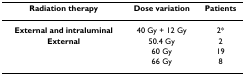
<table><thead><tr><td><b>Radiation therapy</b></td><td><b>Dose variation</b></td><td><b>Patients</b></td></tr></thead><tbody><tr><td><b>External and intraluminal </b></td><td>40 Gy + 12 Gy</td><td>2*</td></tr><tr><td><b>External</b></td><td>50.4 Gy</td><td>2</td></tr><tr><td></td><td>60 Gy</td><td>19</td></tr><tr><td></td><td>66 Gy</td><td>8</td></tr></tbody></table>